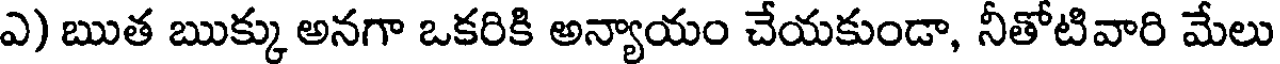
ఎ) ఋత ఋక్కు అనగా ఒకరికి అన్యాయం చేయకుండా, నీతోటివారి మేలు